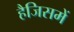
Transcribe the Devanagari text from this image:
हैजिसमें